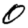
Digit: 0